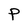
Character: P